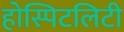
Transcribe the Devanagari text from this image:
होस्पिटलिटी